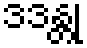
ဒဒန္တု